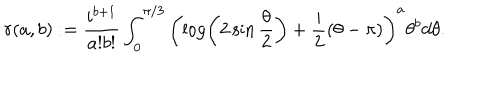
r ( a , b ) : = \frac { i ^ { b + 1 } } { a ! b ! } \int _ { 0 } ^ { \pi / 3 } \left( \log \left( 2 \sin \frac { \theta } { 2 } \right) + \frac { i } { 2 } \left( \theta - \pi \right) \right) ^ { a } \theta ^ { b } d \theta .